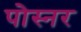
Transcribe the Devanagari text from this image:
पोस्‍नर